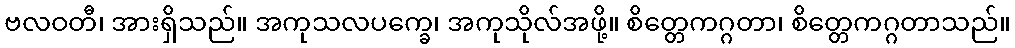
ဗလဝတီ၊ အားရှိသည်။ အကုသလပက္ခေ၊ အကုသိုလ်အဖို့။ စိတ္တေကဂ္ဂတာ၊ စိတ္တေကဂ္ဂတာသည်။